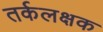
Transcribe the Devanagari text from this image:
तर्कलक्षक